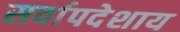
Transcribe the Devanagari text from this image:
सर्वापदेशाय